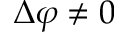
\Delta \varphi \not = 0